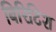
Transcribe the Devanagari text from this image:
बिरिटिश